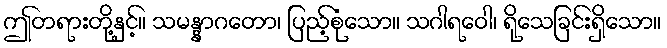
ဤတရားတို့နှင့်။ သမန္နာဂတော၊ ပြည့်စုံသော။ သဂါရဝေါ၊ ရိုသေခြင်းရှိသော။